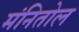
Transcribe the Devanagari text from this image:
मंनितोल